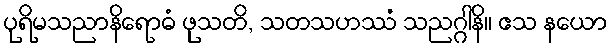
ပုရိမသညာနိရောဓံ ဖုသတိ, သတသဟဿံ သညဂ္ဂါနိ။ ဧသ နယော